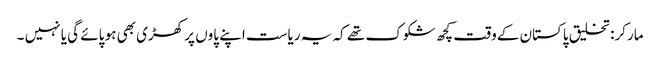
مارکر: تخلیق پاکستان کےو قت کچھ شکوک تھے کہ یہ ریاست اپنے پاوں پر کھڑی بھی ہو پائے گی یا نہیں ۔